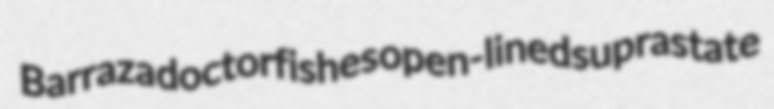
Barraza doctorfishes open-lined suprastate